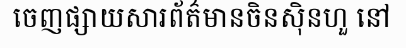
ចេញផ្សាយសារព័ត៌មានចិនស៊ិនហួ នៅ